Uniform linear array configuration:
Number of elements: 32
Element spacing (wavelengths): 0.25
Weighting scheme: cosine
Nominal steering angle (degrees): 0
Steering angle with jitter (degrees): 0.05142
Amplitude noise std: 0.05
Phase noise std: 0.05

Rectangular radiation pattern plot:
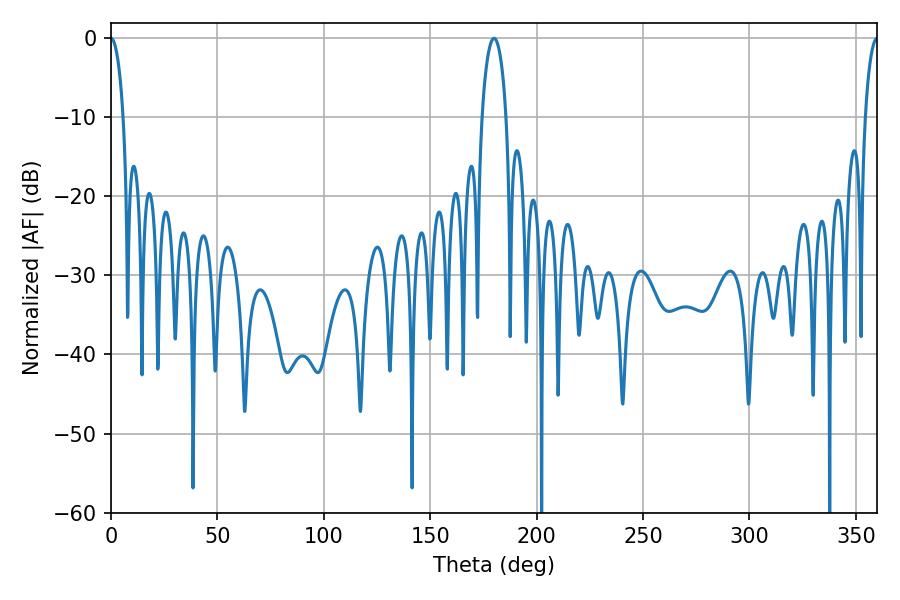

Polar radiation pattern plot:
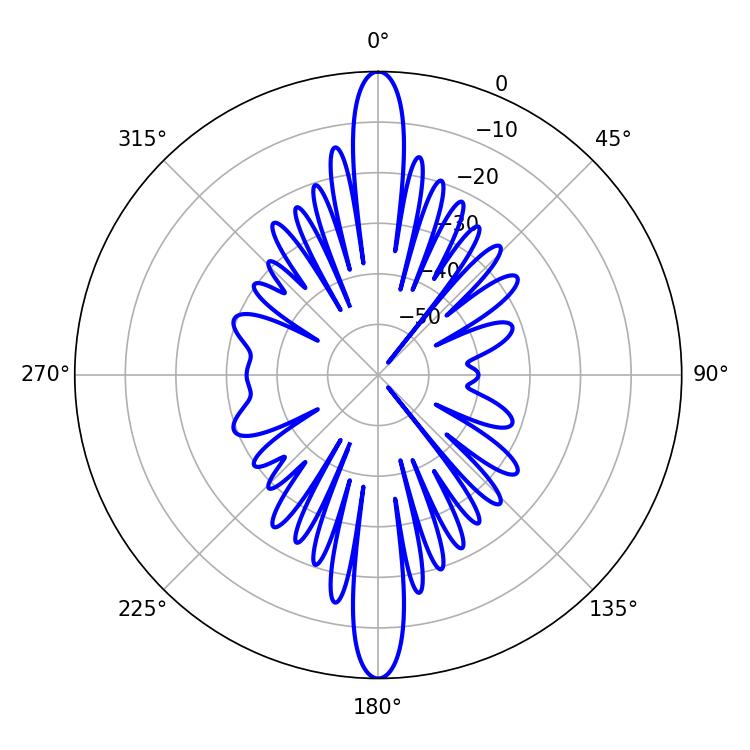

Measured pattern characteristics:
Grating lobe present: FALSE
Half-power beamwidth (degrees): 3.24
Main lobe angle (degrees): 0